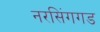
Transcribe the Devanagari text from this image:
नरसिंगगड